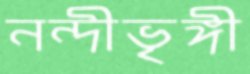
নন্দীভৃঙ্গী